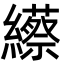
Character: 䌨